system: You are a helpful assistant.
user:
Analyze the provided spectrum to determine if it is a **S-type Star**.

- **Key Indicators for S-type Star:**

    - **(Overall Spectrum Shape):** The first and most obvious characteristic is the overall continuum (the "baseline" shape). It is **extremely "red-sloping,"** meaning the flux (light intensity) is very low on the left side (blue, ~4000-4500 Å) and rises steeply and continuously toward the right side (red, ~7000 Å+).

    - **(Primary):** The spectrum is defined by the presence of strong, broad molecular absorption "valleys" (bands) from **Zirconium Oxide (ZrO)**. The identification of these bands is the **primary requirement** for classifying a star as S-type.
        - **(Key Bandheads):** You must find distinct, deep "dips" where the light has been absorbed. The most critical band systems to locate are:
            - **~6474 Å** ($\gamma$-system): This is often the strongest and clearest ZrO feature, found in the red part of the spectrum.
            - **~5718 Å** & **~5551 Å** ($\beta$-system): A pair of prominent absorption features in the yellow-orange part of the spectrum.
            - **~4640 Å** ($\alpha$-system): A key absorption band system in the blue-green region of the spectrum.

    - **(Secondary Confirmation):** The classification is strengthened by finding additional absorption bands from other related heavy element oxides, which are expected to be present alongside ZrO.
        - **(Key Bandheads):**
            - **Yttrium Oxide (YO):** Look for absorption dips near **~4800 Å** and **~6100 Å**.
            - **Lanthanum Oxide (LaO):** Additional absorption features, particularly in the red-orange part of the spectrum, are also characteristic.

    - **(Line Profile):** The combination of the steep red continuum and these numerous, deep molecular bands (ZrO, YO, etc.) gives the entire spectrum a very **"chopped-up"** or **"bumpy"** appearance. Instead of a smooth curve, the spectrum looks as though large, wide chunks of light have been "carved out" of it at the specific wavelengths listed above.

Think first, call **spectral_visualization_tool** if needed to examine features in detail, then provide your final answer. Your response must adhere to the following strict rules:
1.  **Overall Structure:** Your response must follow the format `<think>...</think> <tool_call>...</tool_call> (if a tool is used) <answer>...</answer>`.
2.  **Tool Usage Constraint:** You may only make **one** tool call per turn.
3.  **Final Answer Format:** In the `<answer>` tag, your conclusion must be inside a `\boxed{}` command (e.g., `\boxed{YES}` or `\boxed{NO}`), followed by your justification.

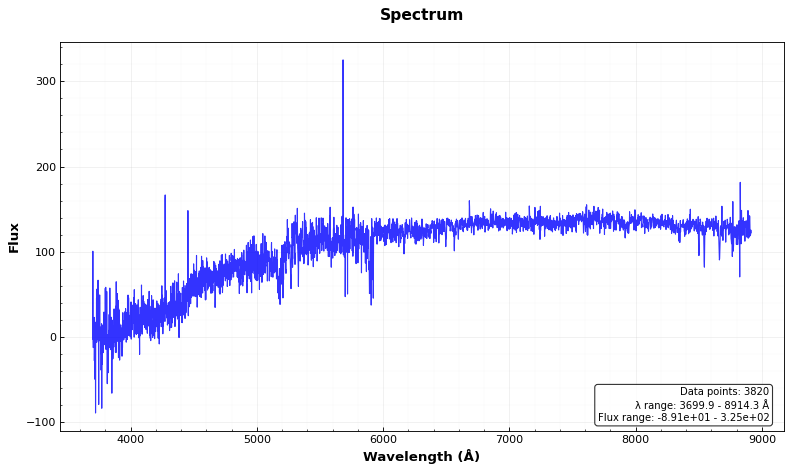
Answer: NO